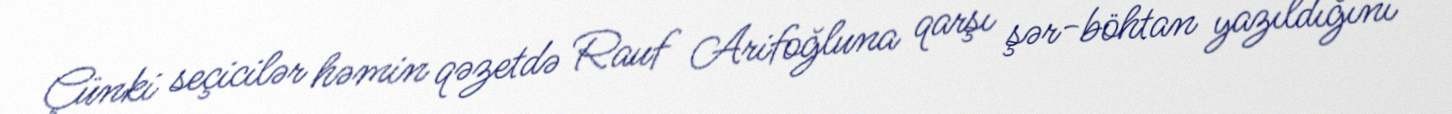
Çünki seçicilər həmin qəzetdə Rauf Arifoğluna qarşı şər-böhtan yazıldığını